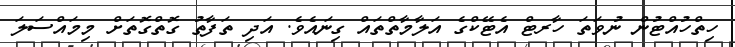
ހިތްހުއްޓުން ނުވަތަ ހާރޓް އެޓޭކްގެ އަލާމާތްތައް ގިނައެވެ. އަދި ތަފާތު ގޮތްގޮތަށް މިމައްސަލަ